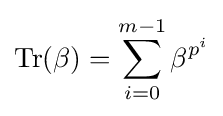
\operatorname {Tr} (\beta )=\sum _{i=0}^{m-1}\beta ^{p^{i}}